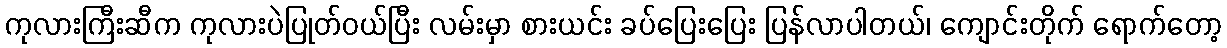
ကုလားကြီးဆီက ကုလားပဲပြုတ်ဝယ်ပြီး လမ်းမှာ စားယင်း ခပ်ပြေးပြေး ပြန်လာပါတယ်၊ ကျောင်းတိုက် ရောက်တော့